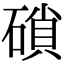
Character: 𥔭